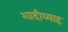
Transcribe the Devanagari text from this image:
शादीब्याह